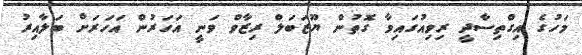
މަހުގެ އިގްތިސާދީ ރިވިއުގައިވާ ގޮތުން ޔޫޒަބަލް ރިޒާވް ވަނީ އަހަރުން އަހަރަށް ބަލާއިރު